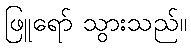
ဖြူရော် သွားသည်။